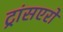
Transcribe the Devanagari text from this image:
ट्रांसएरो